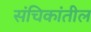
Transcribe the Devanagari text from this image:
संचिकांतील